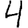
Digit: 4